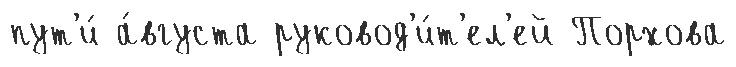
пут'и́ а́вгуста руковод'и́т'ел'ей Порхова